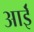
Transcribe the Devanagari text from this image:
आईँ